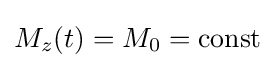
M_{z}(t)=M_{0}={\text{const}}